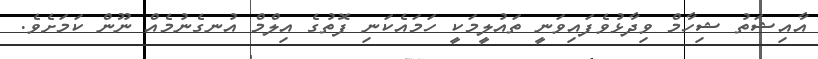
އާއިޝަތު ޝިހާމް ވިދާޅުވެފައިވަނީ ތައުލީމަކީ ހަމައެކަނި ފޮތުގެ އިލްމް އުނގެނުމެއް ނޫން ކަމަށެވެ.